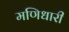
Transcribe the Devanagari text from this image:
मणिधारी